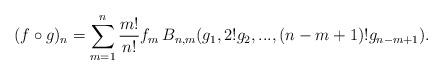
LaTeX: \begin{align*}(f\circ g)_n=\sum_{m=1}^n\dfrac{m!}{n!}f_m\, B_{n,m}(g_1,2!g_2,...,(n-m+1)! g_{n-m+1}). \end{align*}